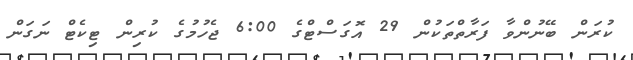
ކުރަން ބޭނުންވާ ފަރާތްތަކުން 29 އޮގަސްޓްގެ 6:00 ޖެހުމުގެ ކުރިން ޓިކެޓް ނަގަން